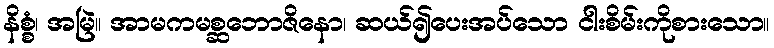
နိစ္စံ၊ အမြဲ။ အာမကမစ္ဆဘောဇိနော၊ ဆယ်၍ပေးအပ်သော ငါးစိမ်းကိုစားသော။